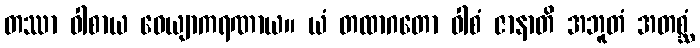
တဿာ ဝါစာယ ဝေယျာကရဏာယ။ ယံ တထာဂတော ဝါစံ ဇာနာတိ အဘူတံ အတစ္ဆံ